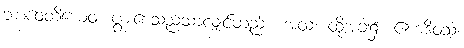
ဘာဝေတိယေဝ၊ ပွားစေသည်သာလျှင်တည်း။ အထ၊ ထိုအခါ၌။ ဧကဒိဝသံ၊